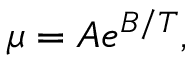
\mu = A e ^ { B / T } ,